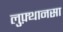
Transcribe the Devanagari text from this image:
लुफ़्थानसा